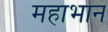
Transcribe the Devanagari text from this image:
महाभान